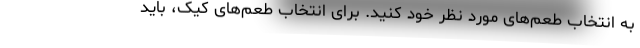
به انتخاب طعم‌های مورد نظر خود کنید. برای انتخاب طعم‌های کیک، باید